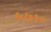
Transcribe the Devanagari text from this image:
६७१०